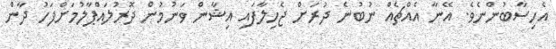
އެހިސާބުންނެވެ. އޭނާ އެއްޗެއް ނުބުނެ ދުރަށް ޖެހިލާފައި އިޝާން ވަނުމުން ދޮރުލައްޕާލުމަށްފަހު ދާން